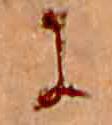
に